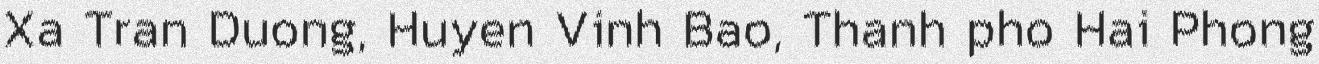
Xa Tran Duong, Huyen Vinh Bao, Thanh pho Hai Phong